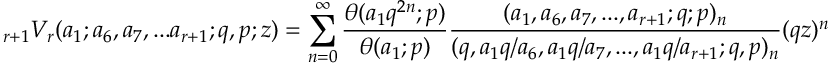
\displaystyle _ { r + 1 } V _ { r } ( a _ { 1 } ; a _ { 6 } , a _ { 7 } , . . . a _ { r + 1 } ; q , p ; z ) = \sum _ { n = 0 } ^ { \infty } { \frac { \theta ( a _ { 1 } q ^ { 2 n } ; p ) } { \theta ( a _ { 1 } ; p ) } } { \frac { ( a _ { 1 } , a _ { 6 } , a _ { 7 } , . . . , a _ { r + 1 } ; q ; p ) _ { n } } { ( q , a _ { 1 } q / a _ { 6 } , a _ { 1 } q / a _ { 7 } , . . . , a _ { 1 } q / a _ { r + 1 } ; q , p ) _ { n } } } ( q z ) ^ { n }